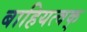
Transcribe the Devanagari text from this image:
बाहियत्वक्‌